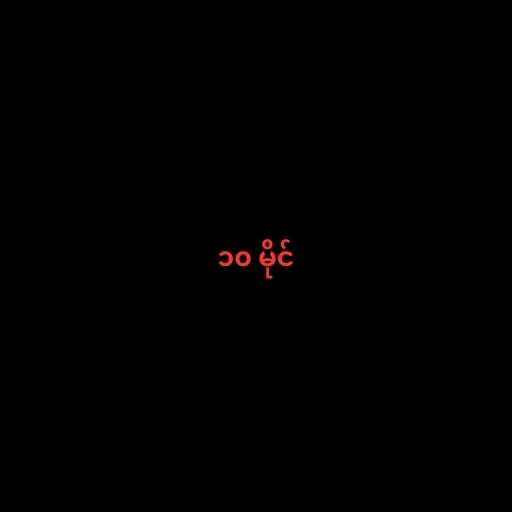
၁၀ မိုင်